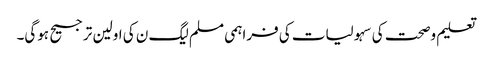
تعلیم وصحت کی سہولیات کی فراہمی مسلم لیگ ن کی اولین ترجیح ہوگی۔